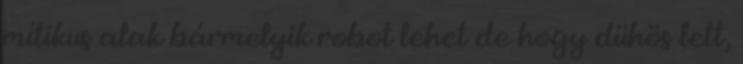
mítikus alak bármelyik robot lehet de hogy dühös lett,